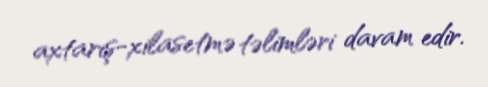
axtarış-xilasetmə təlimləri davam edir.